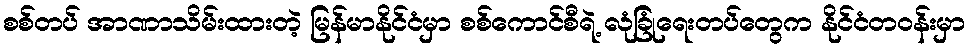
စစ်တပ် အာဏာသိမ်းထားတဲ့ မြန်မာနိုင်ငံမှာ စစ်ကောင်စီရဲ့ လုံခြုံရေးတပ်တွေက နိုင်ငံတဝန်းမှာ